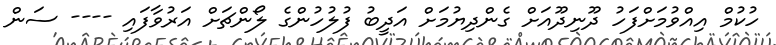
ހުކުމް އިއްވުމަށްފަހު ދޫނިދޫއަށް ގެންދިޔުމަށް އަދީބު ފުލުހުންގެ ލޯންޗަށް އަރުވާފައި ---- ސަން